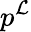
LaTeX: p^{\mathcal{L}}